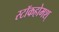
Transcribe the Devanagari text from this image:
स्टॉकहोमश्